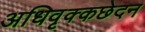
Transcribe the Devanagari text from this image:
अधिवृक्कछेदन